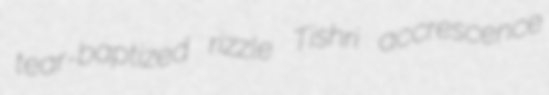
tear-baptized rizzle Tishri accrescence